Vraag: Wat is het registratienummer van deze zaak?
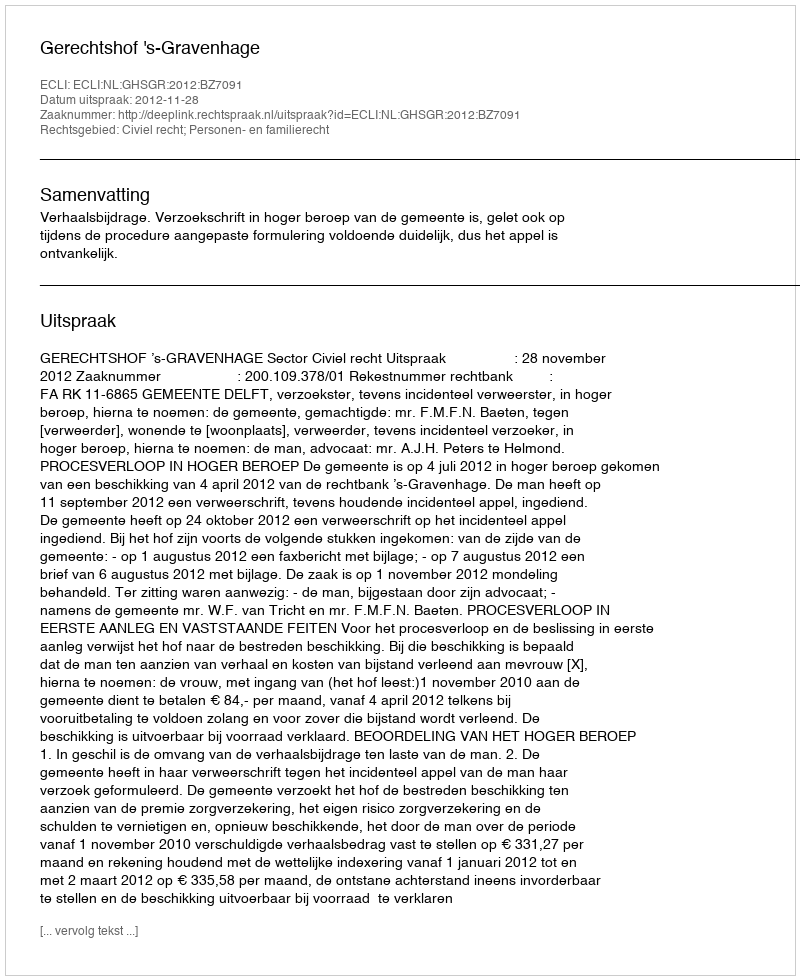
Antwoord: http://deeplink.rechtspraak.nl/uitspraak?id=ECLI:NL:GHSGR:2012:BZ7091